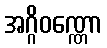
အဂ္ဂိဝဏ္ဏော